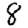
Digit: 8